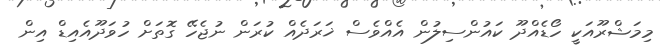
މިމަޝްރޫއަކީ ހޯޑެއްދޫ ކައުންސިލުން އެއްވެސް ޚަރަދެއް ކުރަން ނުޖެހޭ ގޮތަށް ހުވަދޫއެއިޑް އިން